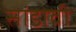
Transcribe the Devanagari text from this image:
सांडावी